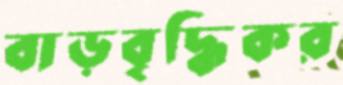
বাড়বৃদ্ধিকর